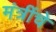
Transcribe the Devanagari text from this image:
मंत्रींचे